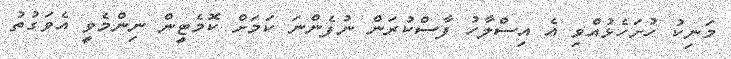
މަނިކު ހުށަހެޅުއްވި އެ އިސްލާހު ފާސްކުރަން ނުފެންނަ ކަމަށް ކޮމެޓީން ނިންމެވީ އެވަގުތު